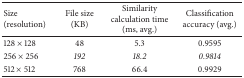
<table><thead><tr><td><b>Size (resolution)</b></td><td><b>File size (KB)</b></td><td><b>Similarity calculation time (ms, avg.)</b></td><td><b>Classification accuracy (avg.)</b></td></tr></thead><tbody><tr><td>128 × 128</td><td>48</td><td>5.3</td><td>0.9595</td></tr><tr><td>256 × 256</td><td><i>192 </i></td><td><i>18.2 </i></td><td><i>0.9814 </i></td></tr><tr><td>512 × 512</td><td>768</td><td>66.4</td><td>0.9929</td></tr></tbody></table>